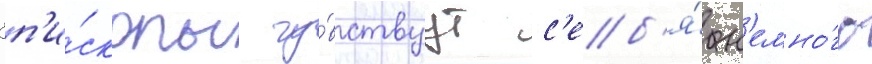
Еп'и́скопы чу́вствуут с'еб'я́ н'емно́го